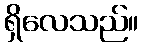
ရှိလေသည်။